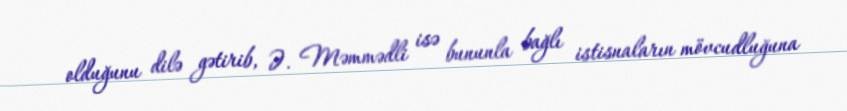
olduğunu dilə gətirib, Ə. Məmmədli isə bununla bağlı istisnaların mövcudluğuna